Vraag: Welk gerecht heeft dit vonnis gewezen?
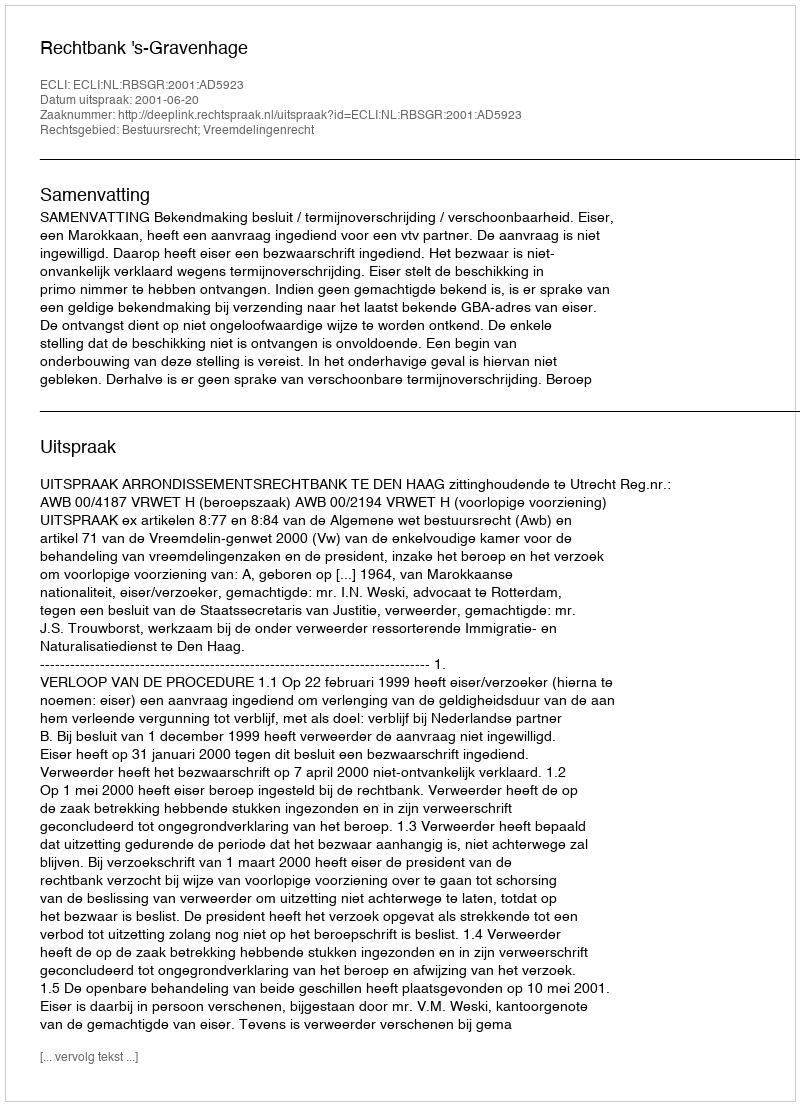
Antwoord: Rechtbank 's-Gravenhage